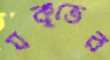
যকৃতের